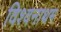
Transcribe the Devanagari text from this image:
विश्वनाथम